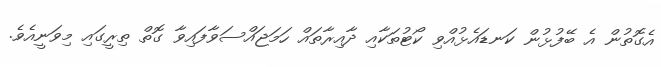
އެގޮތުން އެ ބޭފުޅުން ކަނޑައެޅުއްވި ކޯޓުތަކާއި ދާއިރާތައް ހަމަޖައްސަވާފައިވާ ގޮތް ތިރީގައި މިވަނީއެވެ.